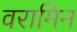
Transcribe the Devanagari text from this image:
वरामिन